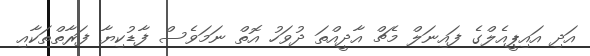
އަދި އައިޕީއެލްގެ ފައިނަލް މެޗް އާދީއްތަ ދުވަހު އޮތް ނަމަވެސް ފާޑުކިޔާ ފަރާތްތަކާއި